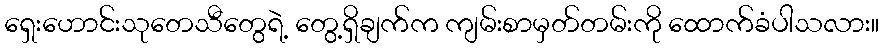
ရှေးဟောင်းသုတေသီတွေရဲ့ တွေ့ရှိချက်က ကျမ်းစာမှတ်တမ်းကို ထောက်ခံပါသလား။